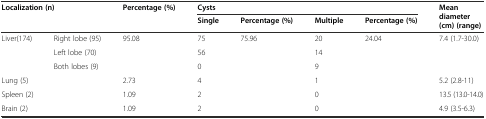
<table><thead><tr><td rowspan="2" colspan="2"><b>Localization (n)</b></td><td rowspan="2"><b>Percentage (%)</b></td><td colspan="4"><b>Cysts</b></td><td rowspan="2"><b>Mean diameter (cm) (range)</b></td></tr><tr><td><b>Single</b></td><td><b>Percentage (%)</b></td><td><b>Multiple</b></td><td><b>Percentage (%)</b></td></tr></thead><tbody><tr><td rowspan="3">Liver(174)</td><td>Right lobe (95)</td><td rowspan="3">95.08</td><td>75</td><td rowspan="6">75.96</td><td>20</td><td rowspan="6">24.04</td><td rowspan="3">7.4 (1.7-30.0)</td></tr><tr><td>Left lobe (70)</td><td>56</td><td>14</td></tr><tr><td>Both lobes (9)</td><td>0</td><td>9</td></tr><tr><td colspan="2">Lung (5)</td><td>2.73</td><td>4</td><td>1</td><td>5.2 (2.8-11)</td></tr><tr><td colspan="2">Spleen (2)</td><td>1.09</td><td>2</td><td>0</td><td>13.5 (13.0-14.0)</td></tr><tr><td colspan="2">Brain (2)</td><td>1.09</td><td>2</td><td>0</td><td>4.9 (3.5-6.3)</td></tr></tbody></table>